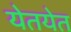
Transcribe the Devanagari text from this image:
येतयेत